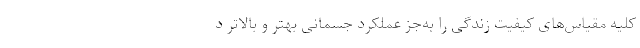
کلیه مقیاس‌های کیفیت زندگی را به‌جز عملکرد جسمانی بهتر و بالاتر د